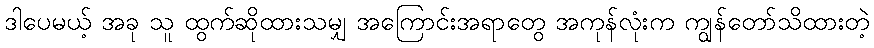
ဒါပေမယ့် အခု သူ ထွက်ဆိုထားသမျှ အကြောင်းအရာတွေ အကုန်လုံးက ကျွန်တော်သိထားတဲ့